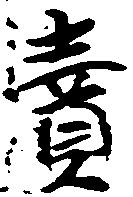
売